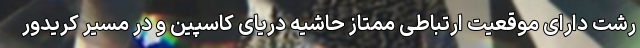
رشت دارای موقعیت ارتباطی ممتاز حاشیه دریای کاسپین و در مسیر کریدور